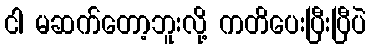
ငါ မဆက်တော့ဘူးလို့ ကတိပေးပြီးပြီပဲ